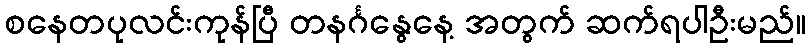
စနေတပုလင်းကုန်ပြီ တနင်္ဂနွေနေ့ အတွက် ဆက်ရပါဦးမည်။